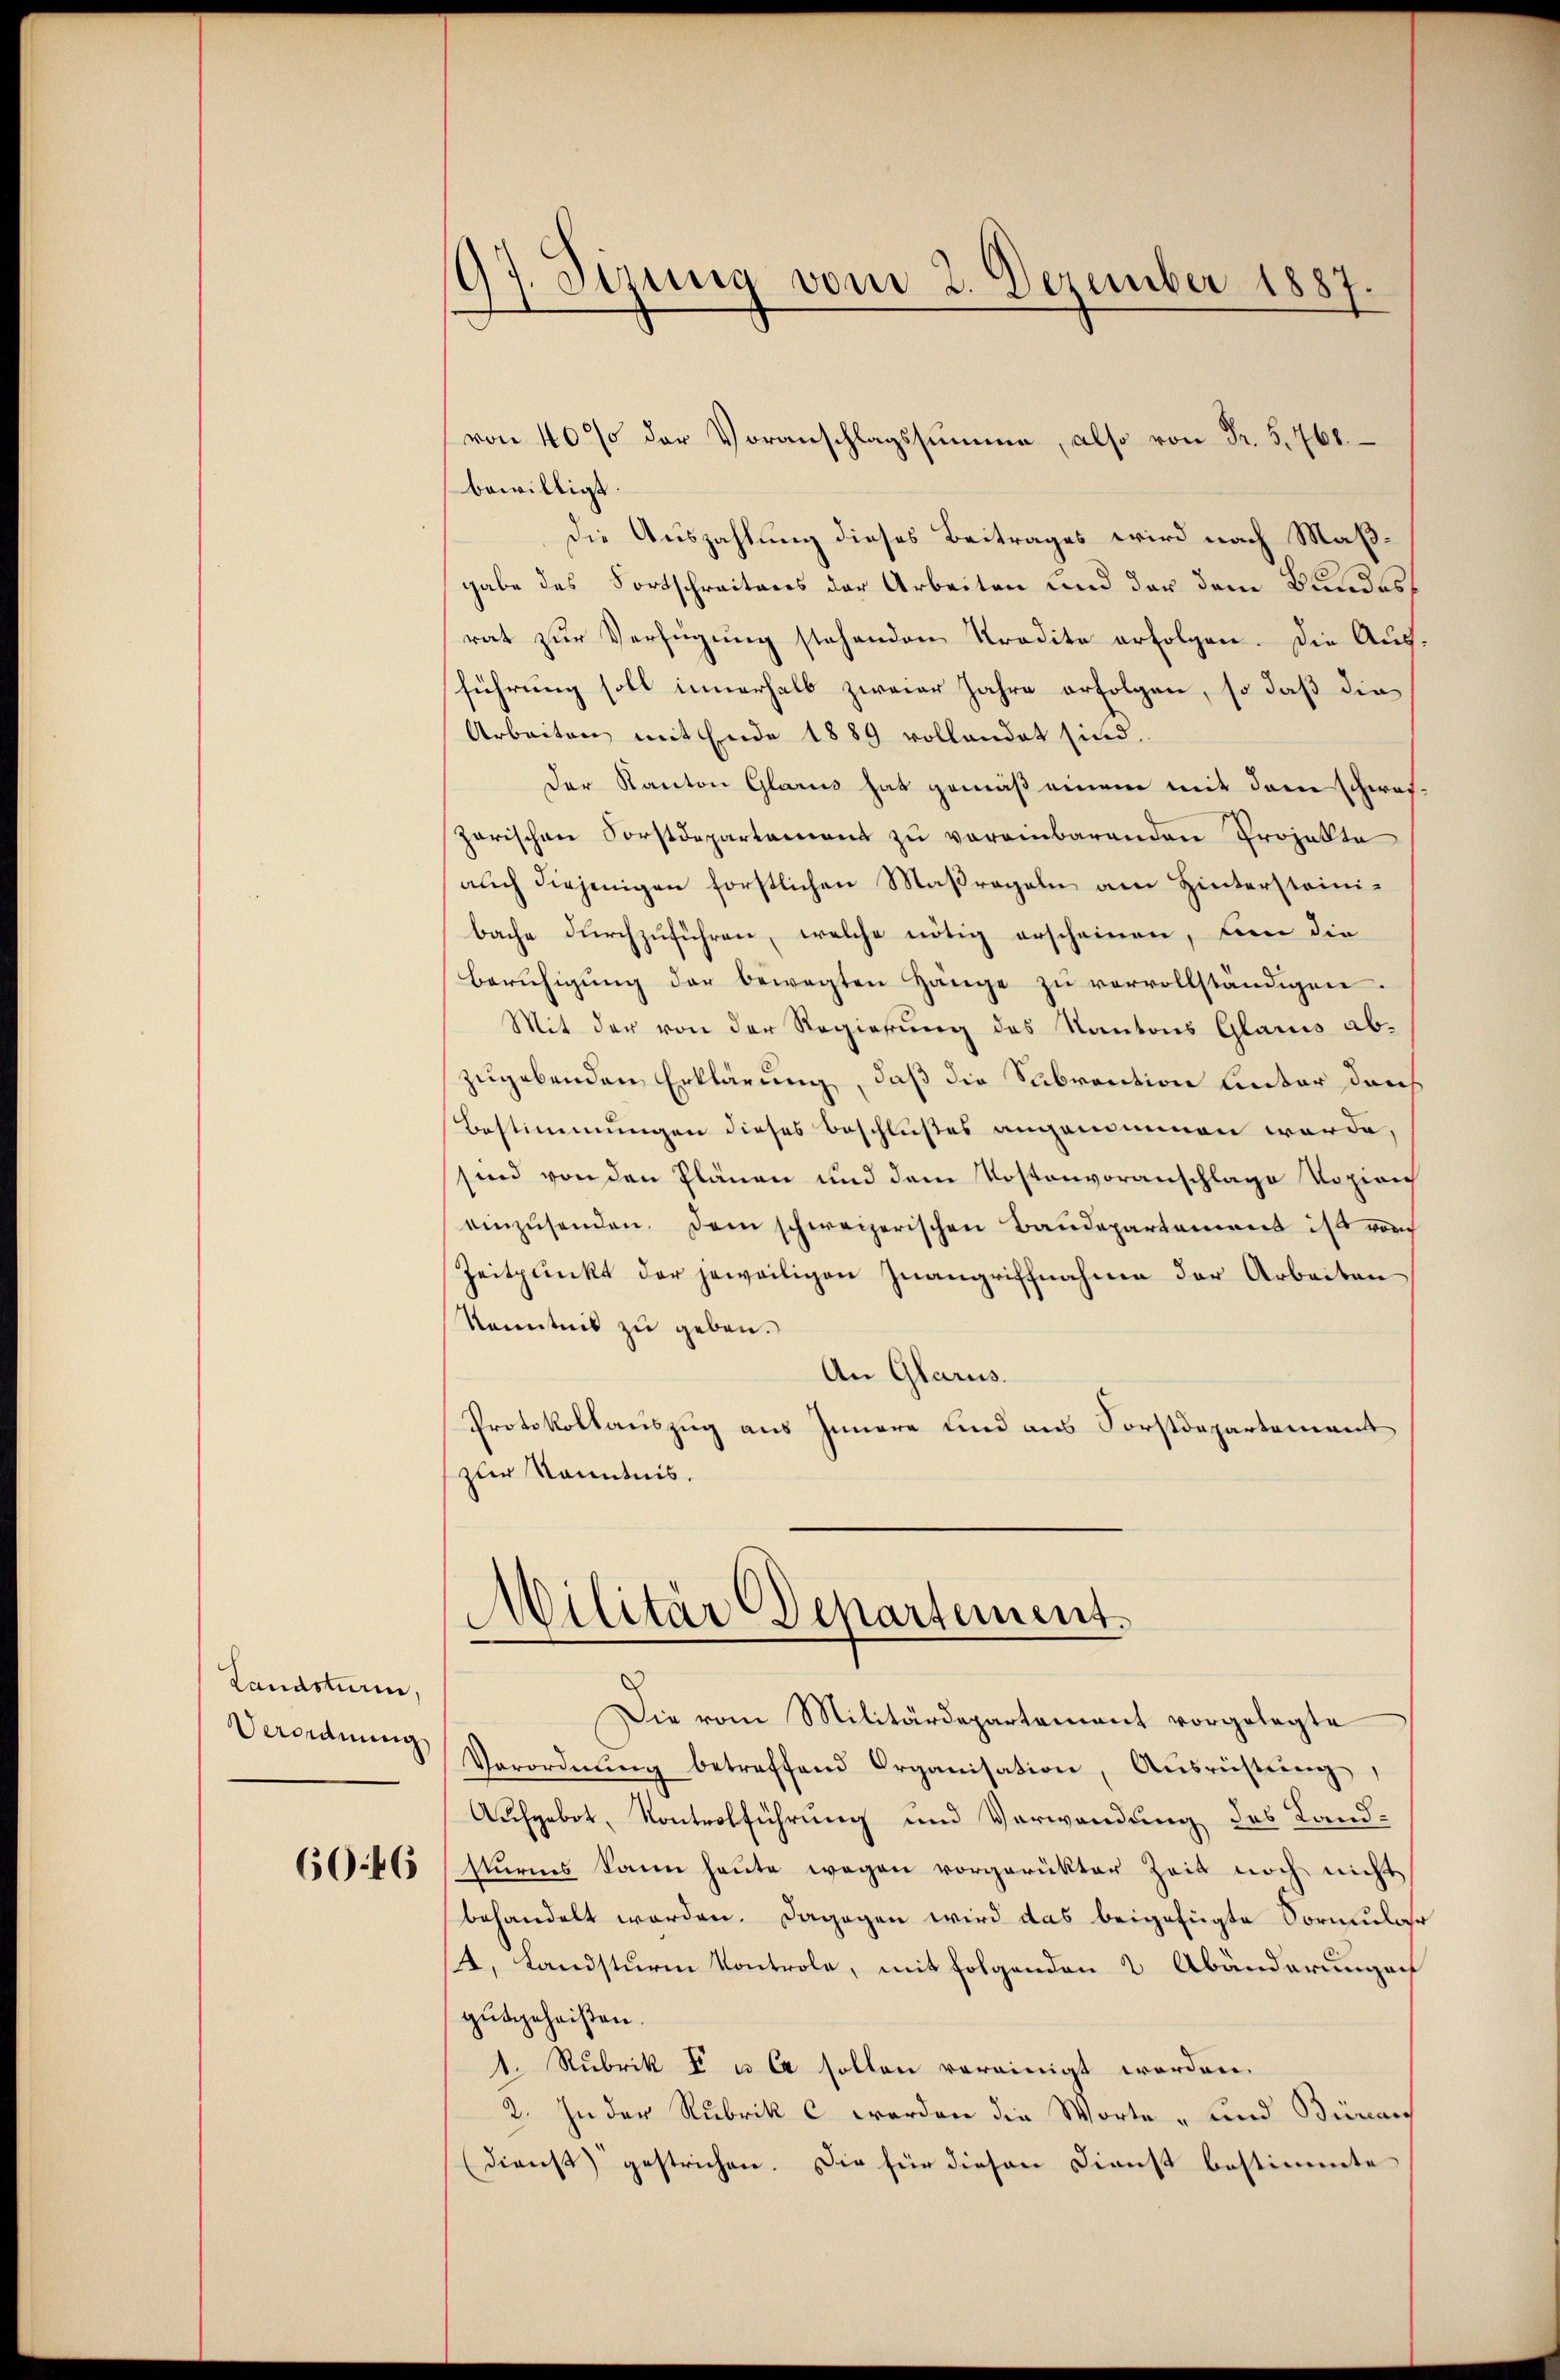
Landsturm,
Verordnung

6046

97. Sizung vom 2. Dezember 1887.

von 40% der Voranschlagssumme, also von Fr. 5,760.
bewilligt
Die Auszahlung dieses Beitrages wird nach Maßgabe des Fortschreitens der Arbeiten und der dem Bundesrat zur Verfügung stehenden Kredite erfolgen. Die Ausführung soll innerhalb zweier Jahre erfolgen, so daß die¬
Arbeiten mit Ende 1889 vollandet sind.
Der Kanton Glarus hat gemäß einem mit dem schweizarischen Forstdepartament zu vereinbarenden Projekte
auch diejenigen forstlichen Maßregeln am Hintersteinibache durchzuführen, welche nötig erscheinen, den die
Berŭhigŭng der bewegten Hänge zŭ vervollständigen.
Mit der von der Regierung des Kantons Glarus abzugebenden Erklärung, daß die Subvention unter das
Bestimmungen dieses Beschlußes angenommen werde,
sind von den Plänen und dem Kostenvoranschlage Vozirich
einzŭsenden. Dem schweizerischen Baudepartament ist vorh
Zeitpunkt der jeweiligen Inangriffnahme der Arbeiten
Kenntnis zu geben.
An Glarus.
Protokollauszug aus Innere und aus Forstdepartement
zur Kenntnis.
Militär Departement.
Die vom Militärdepartement vorgelegte
Verordnŭng betreffend Organisation, Ausrüstung,
Aufgebot, Kontrolführung und Verwendung des Land-
sturms kann heute wegen vorgerükter Zeit noch nicht
behandelt worden. Dagegen wird das beigefügte Vormular
4. Landsturm Kontrole, mit folgenden 2 Abänderungen
gutgeheißen.
1. Rubrik E u C sollen vereinigt worden.
2. In der Rubrik c werden die Worte - und Büran
(dienst gestrichen. Die für diesen Dienst bestimmte